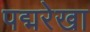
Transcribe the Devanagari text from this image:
पद्मरेखा